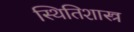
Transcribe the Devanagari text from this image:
स्थितिशास्त्र